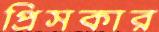
প্রিসকার